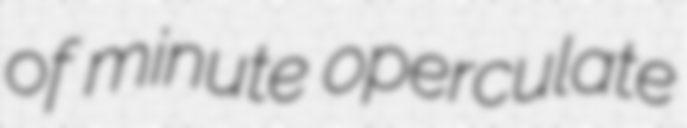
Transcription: of minute operculate